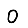
Digit: 0